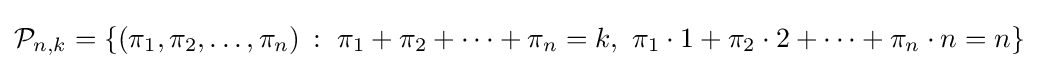
{\mathcal {P}}_{n,k}=\{(\pi _{1},\pi _{2},\dots ,\pi _{n})\,:\ \pi _{1}+\pi _{2}+\cdots +\pi _{n}=k,\ \pi _{1}\cdot 1+\pi _{2}\cdot 2+\cdots +\pi _{n}\cdot n=n\}